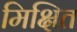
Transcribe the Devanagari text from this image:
मिक्षित